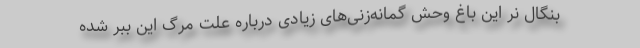
بنگال نر این باغ‌ وحش گمانه‌زنی‌های زیادی درباره علت مرگ این ببر شده